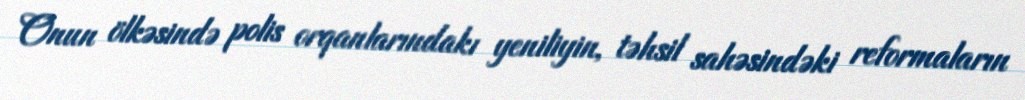
Onun ölkəsində polis orqanlarındakı yeniliyin, təhsil sahəsindəki reformaların